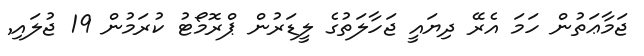
ޖަމާޢަތުން ހަމަ އެރޭ ދިޔައީ ޖަހާލަތުގެ ލީޑަރުން ޕްރޮމޯޓު ކުރަމުން 19 ޖުލައި